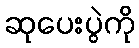
ဆုပေးပွဲကို